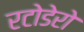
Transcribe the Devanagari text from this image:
रटोडेरो